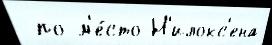
 по м'е́сто Н'илокс'ена